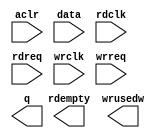
module squ_bash_fifo (
	aclr,
	data,
	rdclk,
	rdreq,
	wrclk,
	wrreq,
	q,
	rdempty,
	wrusedw);

	input	  aclr;
	input	[63:0]  data;
	input	  rdclk;
	input	  rdreq;
	input	  wrclk;
	input	  wrreq;
	output	[7:0]  q;
	output	  rdempty;
	output	[6:0]  wrusedw;
`ifndef ALTERA_RESERVED_QIS
// synopsys translate_off
`endif
	tri0	  aclr;
`ifndef ALTERA_RESERVED_QIS
// synopsys translate_on
`endif

endmodule